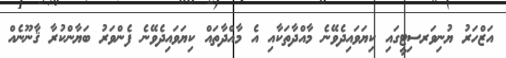
އަޒްހަރު ޔުނިވަރސިޓީގައި ކިޔަވައިދެވޭނެ މާއްދާތަކާއި އެ މާއްދާތައް ކިޔަވައިދެވޭނެ ފެންވަރު ބަޔާންކުރާ ޤާނޫނެއް